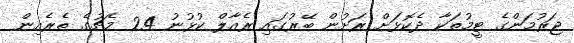
ޖަރުމަންގެ ޓީމުތަކާ ދެކޮޅަށް ރަށުން ބޭރުގައި ރެއާލް ކުޅުނު 24 މެޗުގެ ތެރެއިން